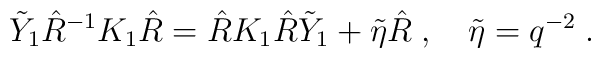
\tilde{Y}_{1} \hat{R}^{-1} K_{1} \hat{R} = \hat{R} K_{1} \hat{R} \tilde{Y}_{1}+ \tilde{\eta}\hat{R}\;, \quad \tilde{\eta}=q^{-2}\;.